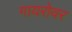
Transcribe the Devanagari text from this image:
गायरोवर